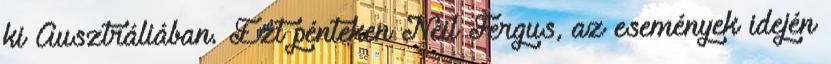
ki Ausztráliában. Ezt pénteken Neil Fergus, az események idején